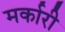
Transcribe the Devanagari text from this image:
मर्कारी